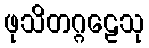
ဖုသိတဂ္ဂဠေသု